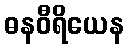
ဓနဝီရိယေန